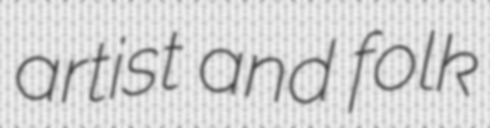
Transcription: artist and folk